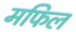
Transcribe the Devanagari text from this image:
मफिल